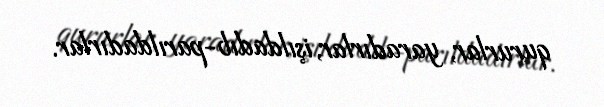
qururlar, yaradırlar, işıldadıb-parıldadırlar.